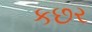
કછર